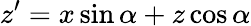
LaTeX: z^{\prime}=x\sin\alpha+z\cos\alpha